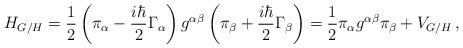
LaTeX: \begin{align*}H_{G/H}=\frac{1}{2}\left( \pi_{\alpha}-\frac{i\hbar}{2}\Gamma_{\alpha} \right)g^{\alpha\beta}\left( \pi_{\beta}+\frac{i\hbar}{2}\Gamma_{\beta} \right)=\frac{1}{2}\pi_{\alpha} g^{\alpha\beta} \pi_{\beta}+V_{G/H}\,,\end{align*}